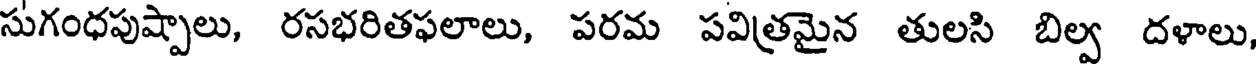
సుగంధపుష్పాలు, రసభరితఫలాలు, పరమ పవిత్రమైన తులసి బిల్వ దళాలు,